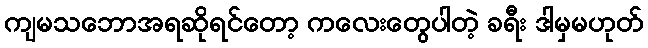
ကျမသဘောအရဆိုရင်တော့ ကလေးတွေပါတဲ့ ခရီး ဒါမှမဟုတ်